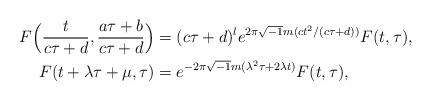
LaTeX: \begin{align*}F\Big(\frac{t}{c\tau+d},\frac{a\tau+b}{c\tau+d}\Big)&=(c\tau+d)^le^{2\pi\sqrt{-1}m(ct^2/(c\tau+d))}F(t,\tau),\\F(t+\lambda\tau+\mu,\tau)&=e^{-2\pi\sqrt{-1}m(\lambda^2\tau+2\lambda t)}F(t,\tau),\end{align*}